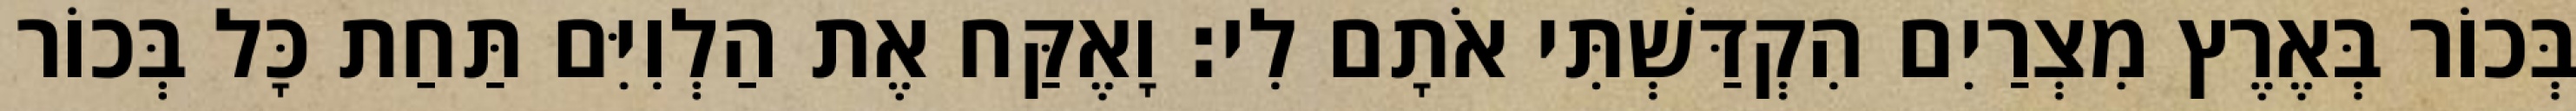
בְּכוֹר בְּאֶרֶץ מִצְרַיִם הִקְדַּשְׁתִּי אֹתָם לִי׃ וָאֶקַּח אֶת הַלְוִיִּם תַּחַת כָּל בְּכוֹר